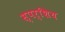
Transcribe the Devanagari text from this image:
स्पर्शिय